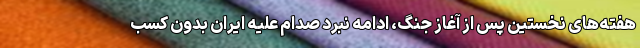
هفته‌های نخستین پس از آغاز جنگ، ادامه نبرد صدام علیه ایران بدون کسب